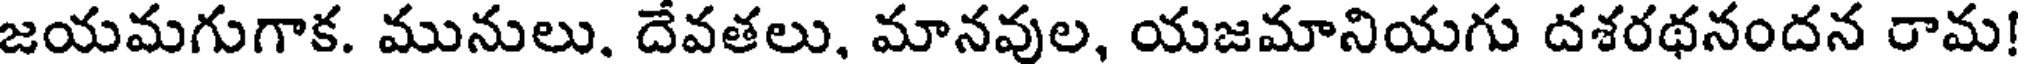
జయమగుగాక. మునులు. దేవతలు, మానవుల, యజమానియగు దశరథనందన రామ!